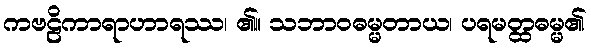
ကဗဠိကာရာဟာရဿ၊ ၏။ သဘာဝဓမ္မတာယ၊ ပရမတ္ထဓမ္မ၏